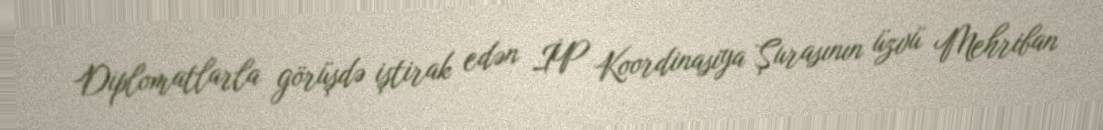
Diplomatlarla görüşdə iştirak edən İP Koordinasiya Şurasının üzvü Mehriban